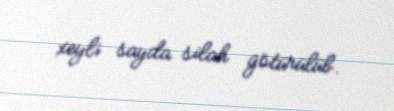
xeyli sayda silah götürülüb.